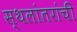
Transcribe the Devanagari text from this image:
स्थलांतरांची